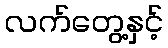
လက်တွေ့နှင့်